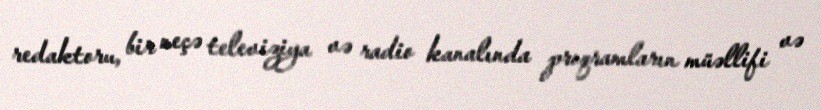
redaktoru, bir neçə televiziya və radio kanalında proqramların müəllifi və